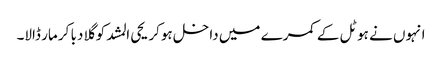
انہوں نے ہوٹل کے کمرے میں داخل ہوکر یحی المشد کو گلا دبا کر مار ڈالا۔